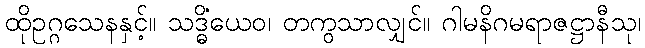
ထိုဥဂ္ဂသေနနှင့်။ သဒ္ဓိံယေဝ၊ တကွသာလျှင်။ ဂါမနိဂမရာဇဋ္ဌာနီသု၊